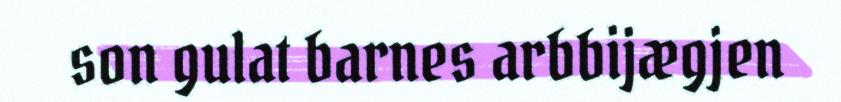
son gulat barnes arbbijægjen